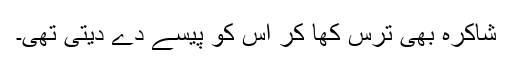
شاکرہ بھی ترس کھا کر اُس کو پیسے دے دیتی تھی۔